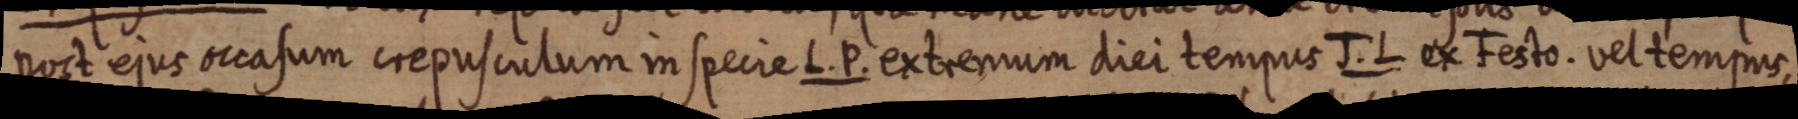
post ejus occasum crepusculum in specie L. P. extremum diei tempus J. L. ex Festo. vel tempus,